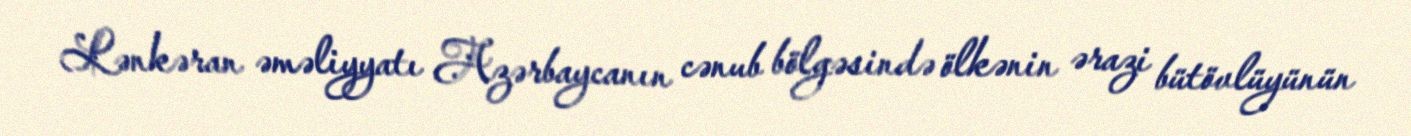
Lənkəran əməliyyatı Azərbaycanın cənub bölgəsində ölkənin ərazi bütövlüyünün